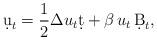
LaTeX: \begin{align*}\d u_t= \frac 12 \Delta u_t \d t+ \beta\, u_t\, \d B_t,\end{align*}